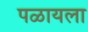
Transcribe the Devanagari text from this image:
पळायला